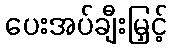
ပေးအပ်ချီးမြှင့်